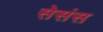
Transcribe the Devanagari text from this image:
सेसंस